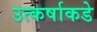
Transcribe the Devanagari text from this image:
उत्कर्षाकडे